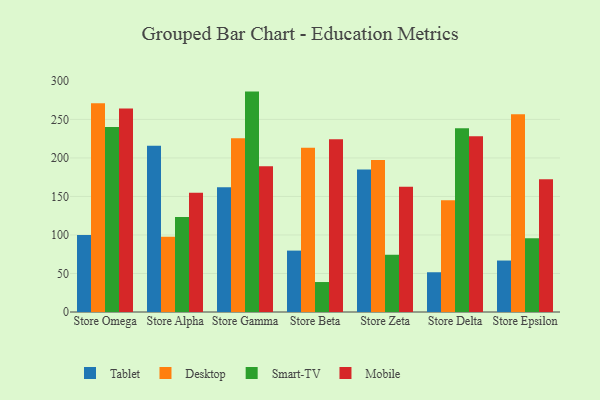
{"axis": {"x": "Store", "y": "Headcount"}, "legend": ["Desktop", "Mobile", "Smart-TV", "Tablet"], "data": [{"x": "Store Omega", "y": 99.8, "type": "Tablet"}, {"x": "Store Omega", "y": 271.1, "type": "Desktop"}, {"x": "Store Omega", "y": 240.2, "type": "Smart-TV"}, {"x": "Store Omega", "y": 264.0, "type": "Mobile"}, {"x": "Store Alpha", "y": 215.7, "type": "Tablet"}, {"x": "Store Alpha", "y": 97.6, "type": "Desktop"}, {"x": "Store Alpha", "y": 123.2, "type": "Smart-TV"}, {"x": "Store Alpha", "y": 154.8, "type": "Mobile"}, {"x": "Store Gamma", "y": 162.0, "type": "Tablet"}, {"x": "Store Gamma", "y": 225.5, "type": "Desktop"}, {"x": "Store Gamma", "y": 286.1, "type": "Smart-TV"}, {"x": "Store Gamma", "y": 189.3, "type": "Mobile"}, {"x": "Store Beta", "y": 79.7, "type": "Tablet"}, {"x": "Store Beta", "y": 213.3, "type": "Desktop"}, {"x": "Store Beta", "y": 38.9, "type": "Smart-TV"}, {"x": "Store Beta", "y": 224.2, "type": "Mobile"}, {"x": "Store Zeta", "y": 185.0, "type": "Tablet"}, {"x": "Store Zeta", "y": 197.3, "type": "Desktop"}, {"x": "Store Zeta", "y": 74.3, "type": "Smart-TV"}, {"x": "Store Zeta", "y": 162.6, "type": "Mobile"}, {"x": "Store Delta", "y": 51.6, "type": "Tablet"}, {"x": "Store Delta", "y": 145.2, "type": "Desktop"}, {"x": "Store Delta", "y": 238.6, "type": "Smart-TV"}, {"x": "Store Delta", "y": 228.2, "type": "Mobile"}, {"x": "Store Epsilon", "y": 66.8, "type": "Tablet"}, {"x": "Store Epsilon", "y": 256.6, "type": "Desktop"}, {"x": "Store Epsilon", "y": 95.8, "type": "Smart-TV"}, {"x": "Store Epsilon", "y": 172.4, "type": "Mobile"}]}